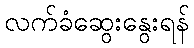
လက်ခံဆွေးနွေးရန်